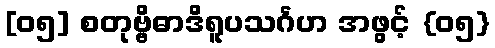
[၀၅] စတုဗ္ဗိဓာဒိရူပသင်္ဂဟ အဖွင့် {၀၅}